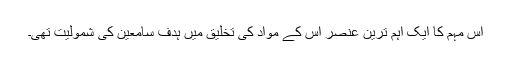
اس مہم کا ایک اہم ترین عنصر اس کے مواد کی تخلیق میں ہدف سامعین کی شمولیت تھی۔